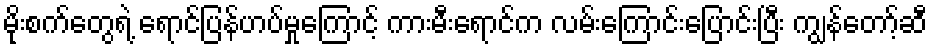
မိုးစက်တွေရဲ့ ရောင်ပြန်ဟပ်မှုကြောင့် ကားမီးရောင်က လမ်းကြောင်းပြောင်းပြီး ကျွန်တော့်ဆီ